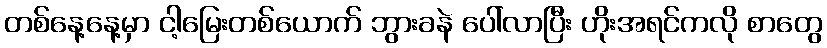
တစ်နေ့နေ့မှာ ငါ့မြေးတစ်ယောက် ဘွားခနဲ ပေါ်လာပြီး ဟိုးအရင်ကလို စာတွေ